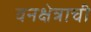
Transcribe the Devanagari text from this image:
वनक्षेत्राची